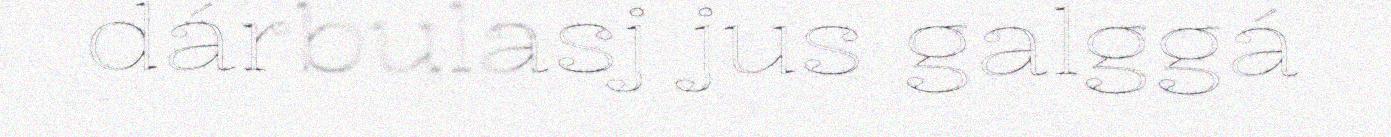
dárbulasj jus galggá